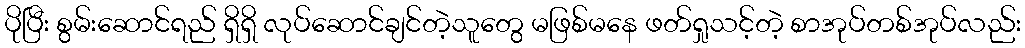
ပိုပြီး စွမ်းဆောင်ရည် ရှိရှိ လုပ်ဆောင်ချင်တဲ့သူတွေ မဖြစ်မနေ ဖတ်ရှုသင့်တဲ့ စာအုပ်တစ်အုပ်လည်း